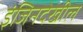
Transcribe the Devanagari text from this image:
इंजिनदेखील